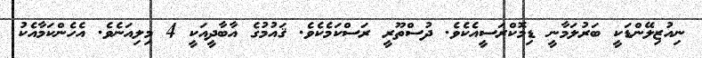
ނިއުޒިލޭންޑަކީ ބަރުލަމާނީ ޑިމޮކްރަސީއެކެވެ. ދުސްތޫރީ ރަސްކަމެކެވެ. ޤައުމުގެ އާބާދީއަކީ 4 މިލިއަނެވެ. އެހެންކަމާއެކު